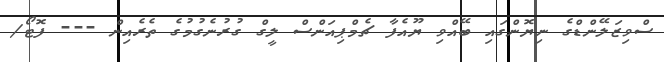
ސްވިޒަލޭންޑްގެ ނިޔޮންގައި ބޭއްވި ޔޫއެފާ ޗެމްޕިއަންސް ލީގް ގުރުނެގުމުގެ ތެރެއިން --- ފޮޓޯ/